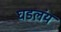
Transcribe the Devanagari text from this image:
घडलंय